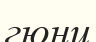
гюнц